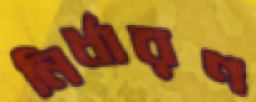
নির্ধারণ